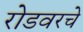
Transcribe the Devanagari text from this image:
रोडवरचे